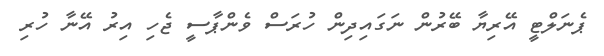
ޕެނަލްޓީ އޭރިޔާ ބޭރުން ނަގައިދިން ހުރަސް ވެންޕާސީ ޖެހި އިރު އޭނާ ހުރި